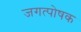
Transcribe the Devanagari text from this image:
जगत्पोषक